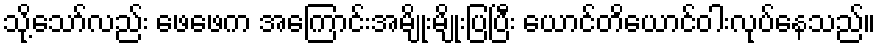
သို့သော်လည်း ဖေဖေက အကြောင်းအမျိုးမျိုးပြပြီး ယောင်တိယောင်ဝါးလုပ်နေသည်။